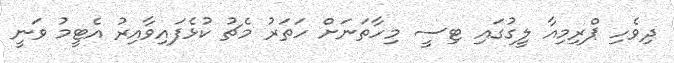
ދިވެހި ޕްރިމިއާ ލީގުގައި ޓިސީ މިހާތަނަށް ހަތަރު މެޗު ކުޅެފައިވާއިރު އެޓީމު ވަނީ